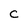
Character: C